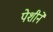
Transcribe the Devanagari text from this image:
पेशीने